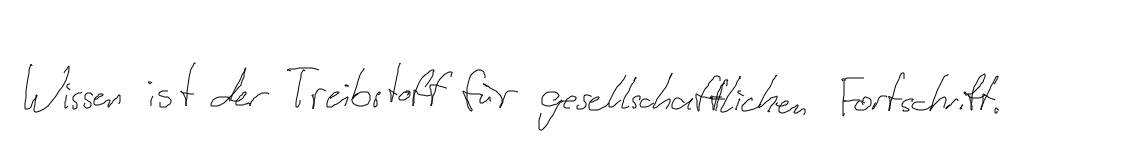
Wissen ist der Treibstoff für gesellschaftlichen Fortschritt.